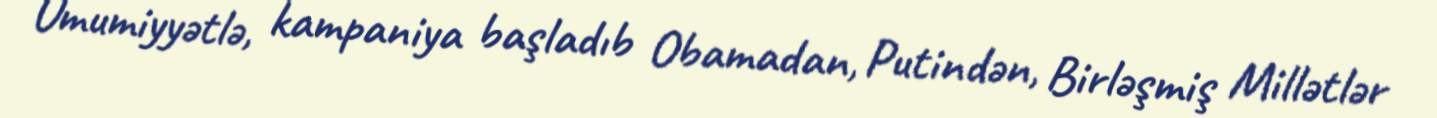
Ümumiyyətlə, kampaniya başladıb Obamadan, Putindən, Birləşmiş Millətlər